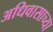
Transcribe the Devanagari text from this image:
अधिवासाच्या